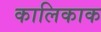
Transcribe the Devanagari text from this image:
कालिकाक